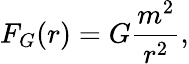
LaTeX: F_{G}(r)=G\frac{m^{2}}{r^{2}},